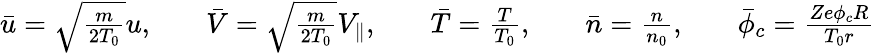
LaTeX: \begin{array}{rlrlrlrlr}{\bar{u}=\sqrt{\frac{m}{2T_{0}}}u,}&{{}}&{\bar{V}=\sqrt{\frac{m}{2T_{0}}}V_{\parallel},}&{{}}&{\bar{T}=\frac{T}{T_{0}},}&{{}}&{\bar{n}=\frac{n}{n_{0}},}&{{}}&{\bar{\phi}_{c}=\frac{Ze\phi_{c}R}{T_{0}r}}\end{array}